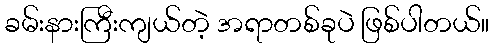
ခမ်းနားကြီးကျယ်တဲ့ အရာတစ်ခုပဲ ဖြစ်ပါတယ်။